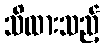
သိထားသည့်